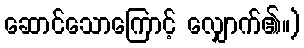
ဆောင်သောကြောင့် လျှောက်၏။)